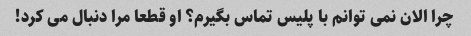
چرا الان نمی توانم با پلیس تماس بگیرم؟ او قطعا مرا دنبال می کرد!